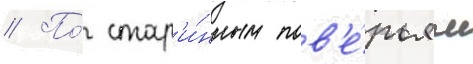
// По́ стар'и́нным пов'е́рьям